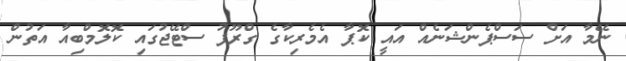
ނޭމާ އަށް ސަސްޕެންޝަނެއް އައީ ކޮޕާ އެމެރިކާގެ ގްރޫޕު ސްޓޭޖުގައި ކޮލޮމްބިއާ އަތުން